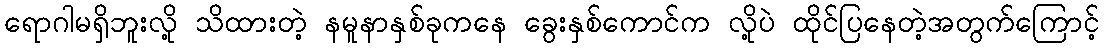
ရောဂါမရှိဘူးလို့ သိထားတဲ့ နမူနာနှစ်ခုကနေ ခွေးနှစ်ကောင်က လို့ပဲ ထိုင်ပြနေတဲ့အတွက်ကြောင့်